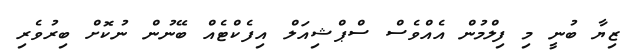
ޒިޔާ ބުނީ މި ފިލްމުން އެއްވެސް ސްޕްޝިއަލް އިފެކްޓެއް ބޭނުން ނުކޮށް ބިރުވެރި